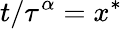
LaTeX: t/\tau^{\alpha}=x^{*}